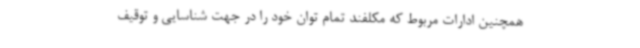
همچنین ادارات مربوط که مکلفند تمام توان خود را در جهت شناسایی و توقیف